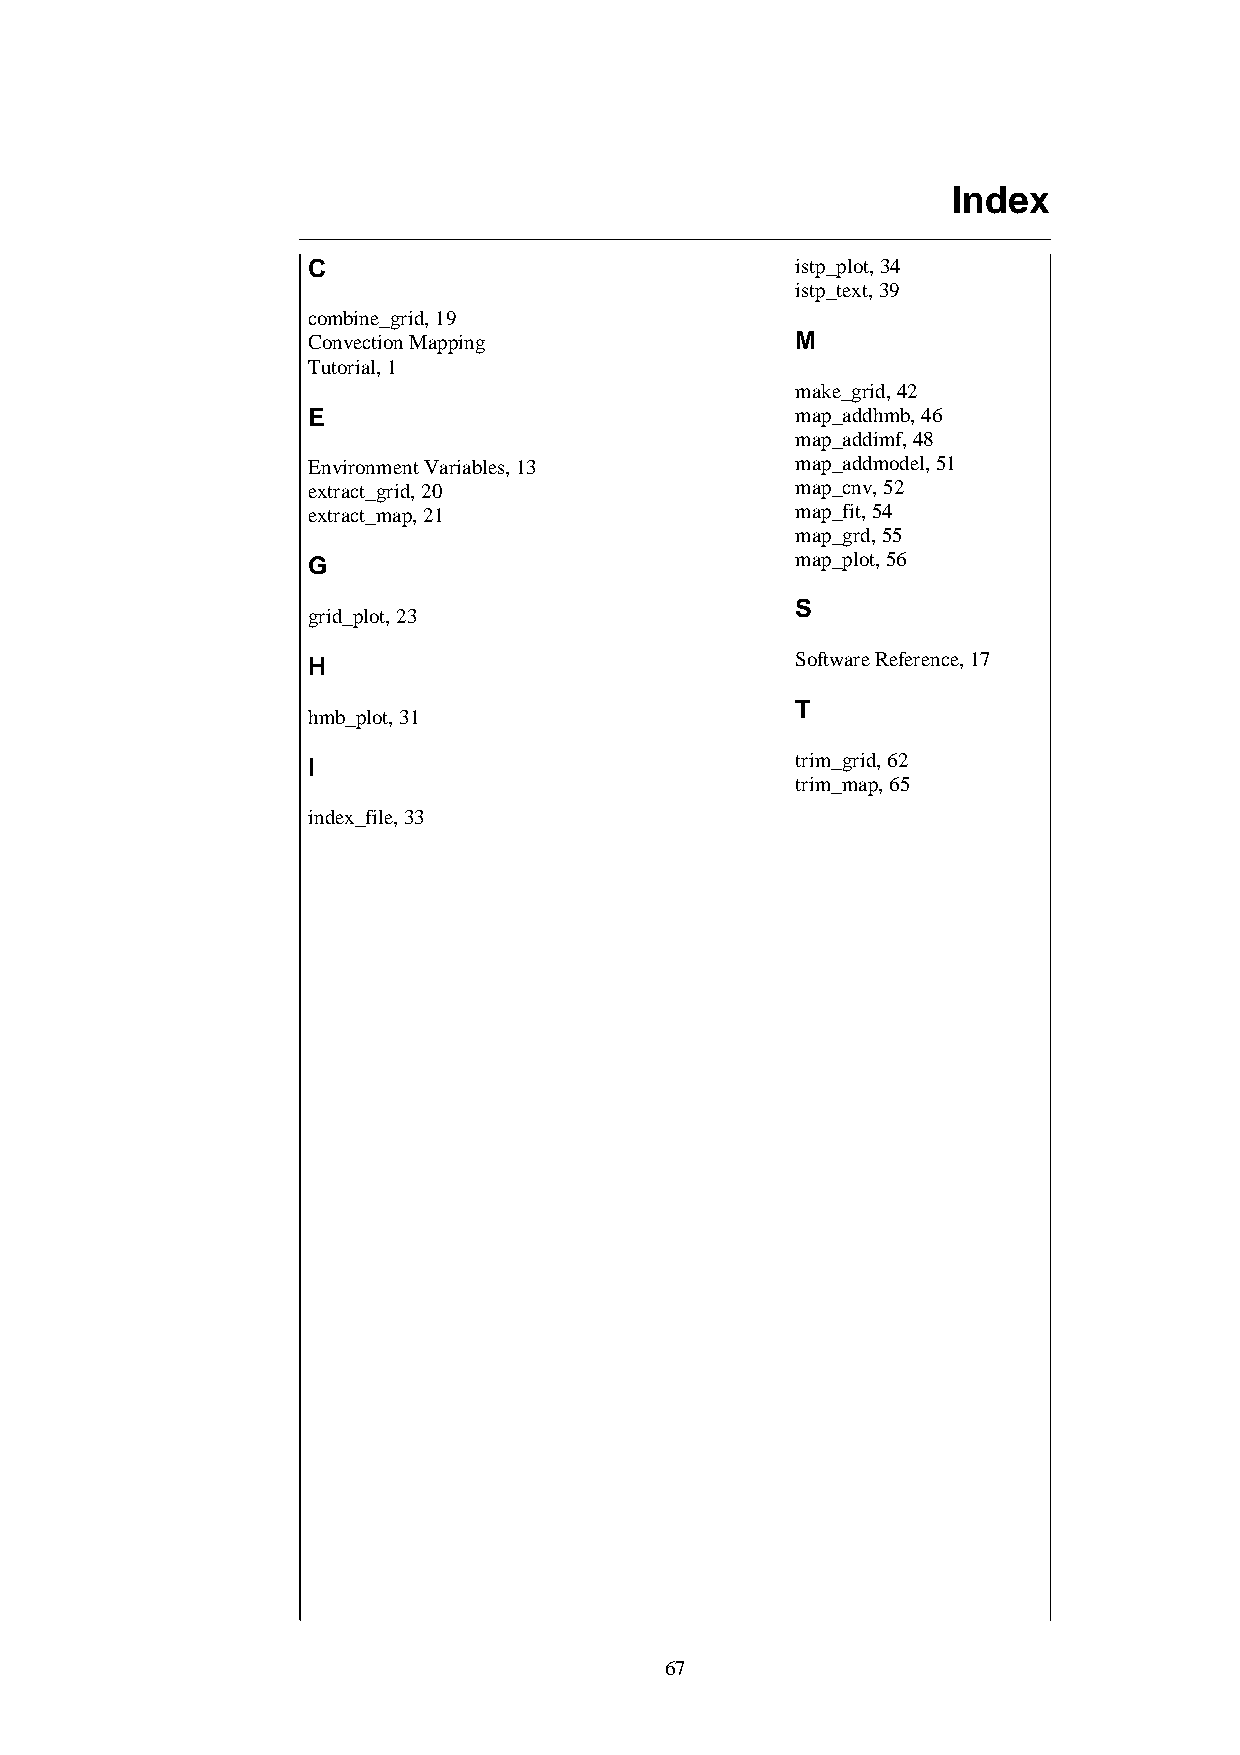
Index
 C                                istp_plot, 34
 istp_text, 39
 combine_grid, 19
 Convection Mapping               M
 Tutorial, 1
 make_grid, 42
 E                                map_addhmb, 46
 map_addimf, 48
 Environment Variables, 13        map_addmodel, 51
 extract_grid, 20                 map_cnv, 52
 extract_map, 21                  map_fit, 54
 map_grd, 55
 G                                map_plot, 56
 S
 grid_plot, 23
 H                                Software Reference, 17
 T
 hmb_plot, 31
 I                                trim_grid, 62
 trim_map, 65
 index_file, 33
 67